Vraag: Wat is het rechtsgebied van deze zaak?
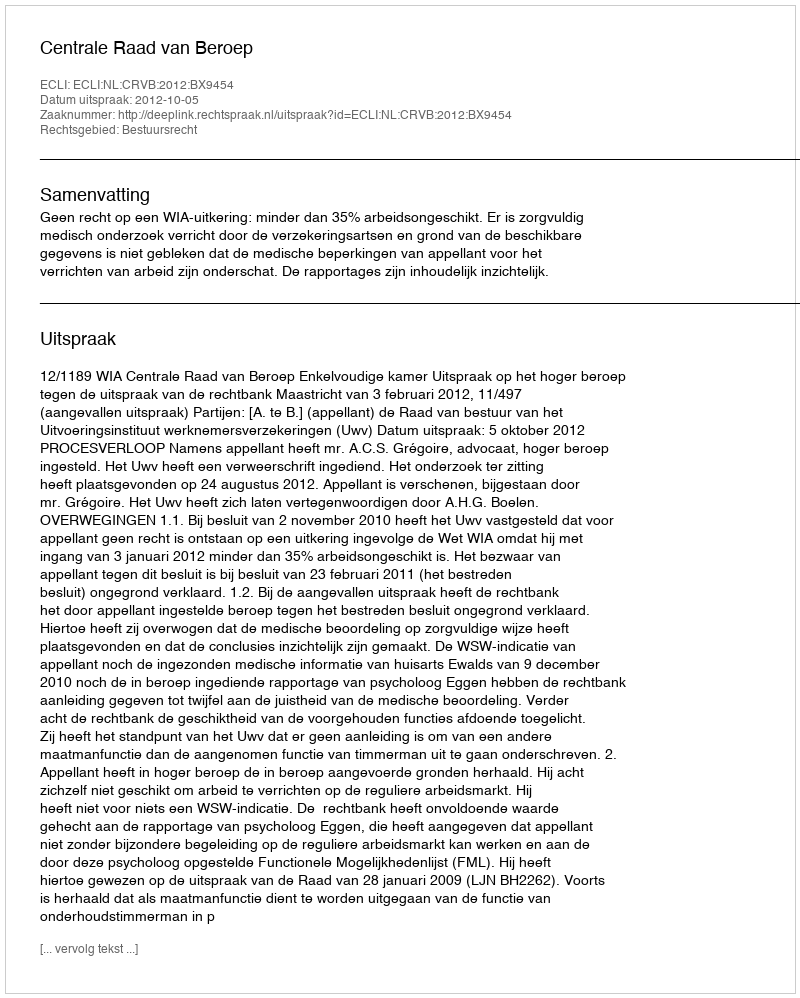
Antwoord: Bestuursrecht